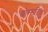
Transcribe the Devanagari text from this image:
बोम्मरिल्लू